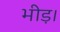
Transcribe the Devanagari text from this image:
भीड़़।